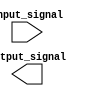
module IO_Block(
    input wire input_signal,
    output reg output_signal
);

// Input Buffer
reg input_buffer;
assign input_buffer = input_signal;

// Output Buffer
reg output_buffer;
always @(posedge clk) begin
    output_buffer <= output_signal;
end

endmodule